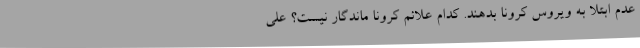
عدم ابتلا به ویروس کرونا بدهند. کدام علائم کرونا ماندگار نیست؟ علی